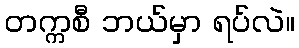
တက္ကစီ ဘယ်မှာ ရပ်လဲ။